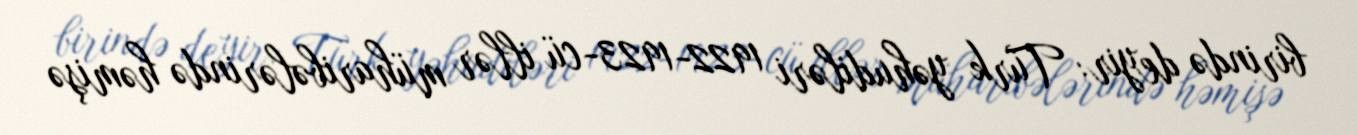
birində deyir: Türk yəhudiləri 1922-1923-cü illər müharibələrində həmişə